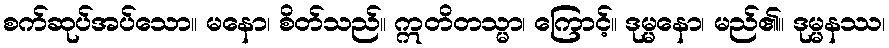
စက်ဆုပ်အပ်သော။ မနော၊ စိတ်သည်။ ဣတိတသ္မာ၊ ကြောင့်။ ဒုမ္မနော၊ မည်၏။ ဒုမ္မနဿ၊